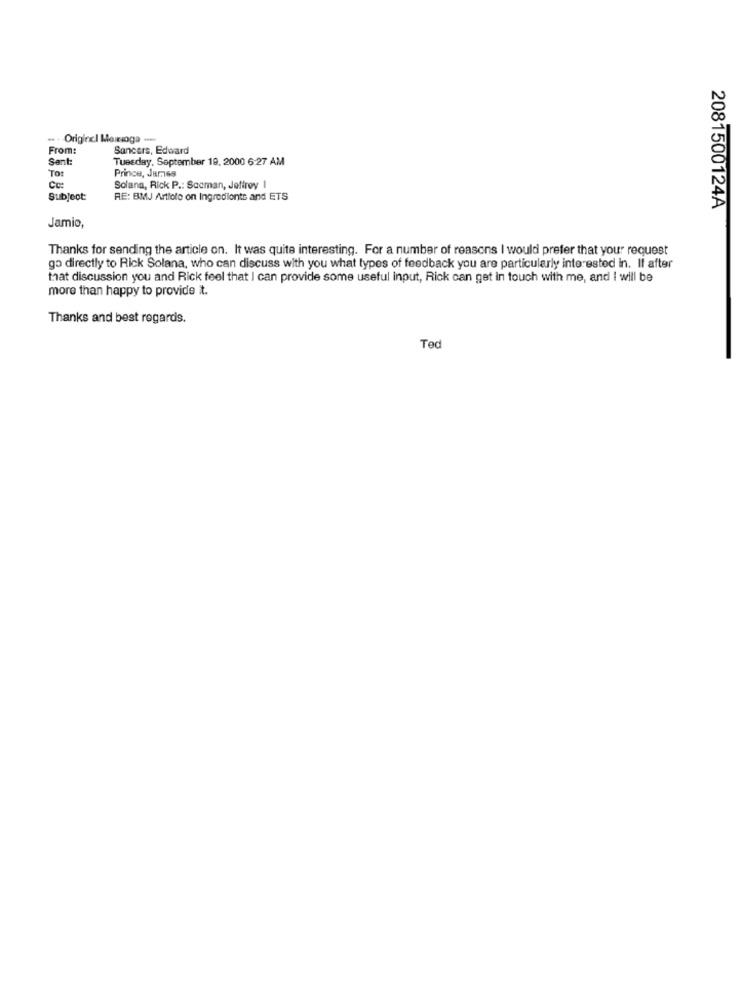
.. . Origincl Momsoga ...
From:
Sancers, Edward
Sent:
Tuesday, September 19, 2000 6:27 AM
TO:
Prince, Jar.168
Cc:
Solana, Rick P .: Scoman, Jeffrey I
Subject:
RE: BMJ Article on Ingrediente and ETS
2081500124A
Jamio,
Thanks for sending the article on. It was quite interesting. For a number of reasons I would prefer that your request
go directly to Rick Solana, who can discuss with you what types of feedback you are particularly interested in. If after
that discussion you and Rick feel that I can provide some useful input, Rick can get in touch with me, and I will be
more than happy to provide it.
Thanks and best regards.
Ted